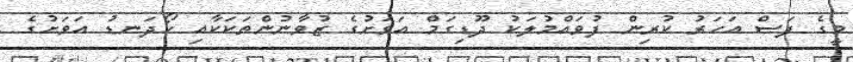
މީގެ ފަސް އަހަރު ކުރިން ފުވައްމުލަކު ދޫޑިގަމް އަވަށުގެ ޒުވާނުންތަކަކާއި ހޯދަނޑު އަވަށުގެ